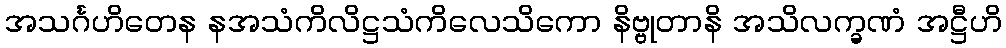
အသင်္ဂဟိတေန နအသံကိလိဋ္ဌသံကိလေသိကော နိဗ္ဗုတာနိ အသိလက္ခဏံ အဋ္ဌီဟိ